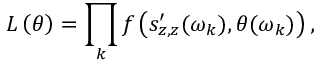
L \left( \boldsymbol { \theta } \right) = \prod _ { k } f \left( s _ { z , z } ^ { \prime } ( \omega _ { k } ) , \boldsymbol { \theta } ( \omega _ { k } ) \right) ,